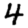
Digit: 4